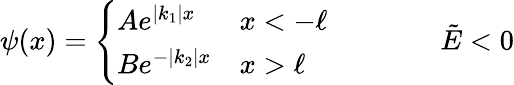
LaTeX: \psi(x)=\left\{ \begin{array}{ll}{Ae^{\left|k_{1}\right|x}}&{x<-\ell}\\ {Be^{-\left|k_{2}\right|x}}&{x>\ell}\end{array}\right.\quad\quad\quad\quad\tilde{E}<0